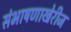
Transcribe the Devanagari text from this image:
संभाषणाखेरीज